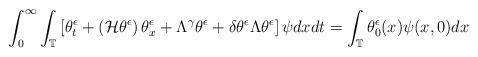
LaTeX: \begin{align*}\int^{\infty}_{0}\int_{\mathbb{T}} \left[\theta^{\epsilon}_{t} +\left(\mathcal{H}\theta^{\epsilon}\right)\theta^{\epsilon}_{x} +\Lambda^{\gamma}\theta^{\epsilon}+\delta \theta^{\epsilon} \Lambda \theta^{\epsilon} \right]\psi dxdt= \int_{\mathbb{T}}\theta^{\epsilon}_{0}(x)\psi(x,0)dx\end{align*}